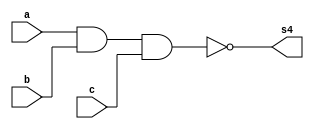
// ---------------------
// guia02-Exercicio02
// Nome: Larissa Fernandes Leijoto
// ---------------------

// ---------------------
// -- NOR gate
// ---------------------

   module  Exercicio03(s4, a, b, c);
	output s4;
	input a, b, c;
	assign s4 = ~( a & b & c);
	
   endmodule

   module testeMNAND;
	reg a;
	wire s4;

	Exercicio03 MNAND1 (s4, a, a, a);
	
	initial begin
		a = 0;
	end

	initial begin

   #1 $display (" Larissa Fernandes Leijoto - 410476 ");
   #1 $display (" ~a  = s4 ");
	
	$monitor ("  %b  =  %b ",a,s4);
	   
      
	end	
endmodule